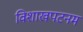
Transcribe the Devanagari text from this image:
विशाखपटनम